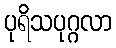
ပုရိသပုဂ္ဂလာ